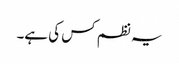
یہ نظم کس کی ہے۔